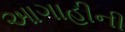
આગાહીની